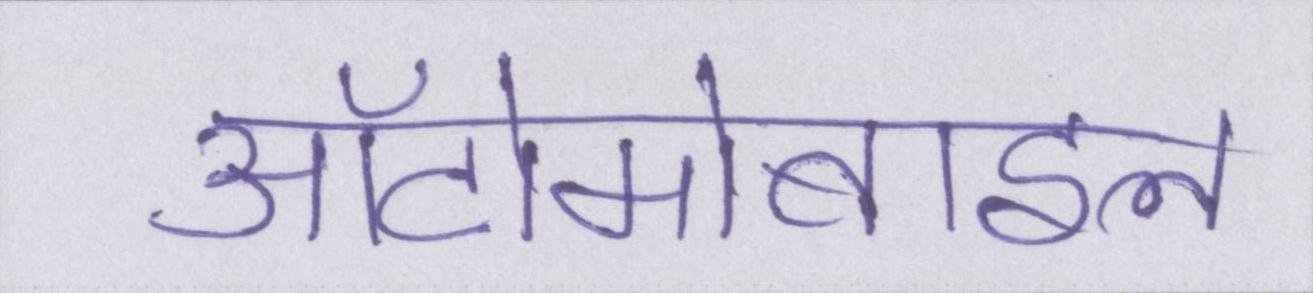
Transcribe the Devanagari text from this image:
ऑटोमोबाइल